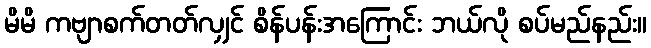
မိမိ ကဗျာစက်တတ်လျှင် စိန်ပန်းအကြောင်း ဘယ်လို စပ်မည်နည်း။